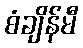
စံချိန်မီ